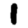
Digit: 1